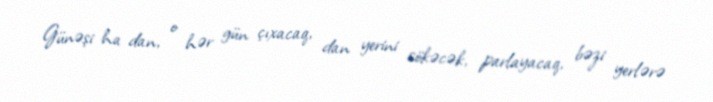
Günəşi ha dan, o hər gün çıxacaq, dan yerini sökəcək, parlayacaq, bəzi yerlərə